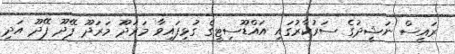
ރައީސް ނަޝީދުގެ ސަރުކާރުގައި އައްޑޫސިޓީގެ ގުޅިފައިވާ މަރަދޫ މަރަދޫ ފޭދޫ ފޭދޫ އަދި